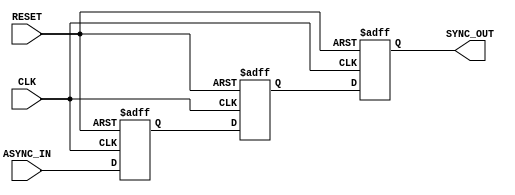
module async_to_sync_converter (
    input wire ASYNC_IN,       // Asynchronous input signal
    input wire CLK,            // Synchronous clock signal
    input wire RESET,          // Asynchronous reset signal
    output reg SYNC_OUT        // Synchronous output signal
);

    // Internal signals for double register stage
    reg ASYNC_REG1;
    reg ASYNC_REG2;

    // Asynchronous reset and double register stage
    always @(posedge CLK or posedge RESET) begin
        if (RESET) begin
            ASYNC_REG1 <= 1'b0; // Initialize to known state
            ASYNC_REG2 <= 1'b0; // Initialize to known state
            SYNC_OUT <= 1'b0;    // Initialize output to known state
        end else begin
            ASYNC_REG1 <= ASYNC_IN; // Sample ASYNC_IN
            ASYNC_REG2 <= ASYNC_REG1; // Pass through first register
            SYNC_OUT <= ASYNC_REG2; // Output the synchronized signal
        end
    end

endmodule